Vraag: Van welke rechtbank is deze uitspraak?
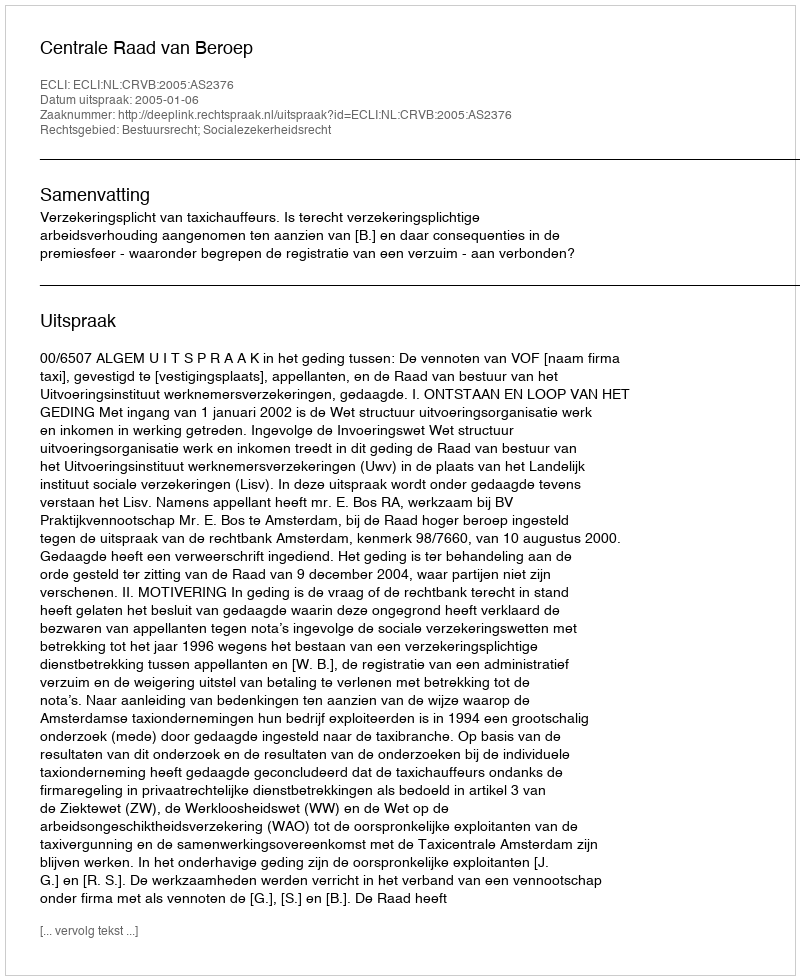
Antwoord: Centrale Raad van Beroep